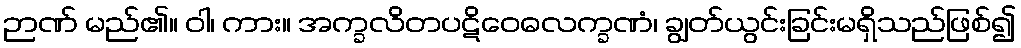
ဉာဏ် မည်၏။ ဝါ၊ ကား။ အက္ခလိတပဋိဝေဓလက္ခဏံ၊ ချွတ်ယွင်းခြင်းမရှိသည်ဖြစ်၍